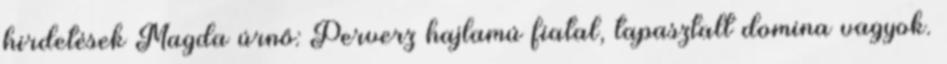
hirdetések Magda úrnő: Perverz hajlamú fiatal, tapasztalt domina vagyok.